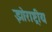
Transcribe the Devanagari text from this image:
झोराष्ट्रीय